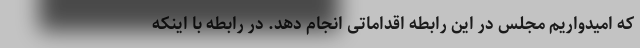
که امیدواریم مجلس در این رابطه اقداماتی انجام دهد. در رابطه با اینکه